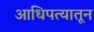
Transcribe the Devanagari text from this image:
आधिपत्यातून